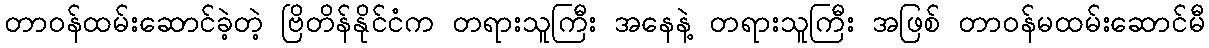
တာဝန်ထမ်းဆောင်ခဲ့တဲ့ ဗြိတိန်နိုင်ငံက တရားသူကြီး အနေနဲ့ တရားသူကြီး အဖြစ် တာဝန်မထမ်းဆောင်မီ